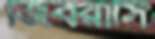
জিবরাসি